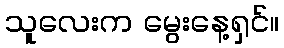
သူလေးက မွေးနေ့ရှင်။